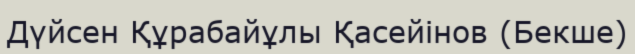
Дүйсен Құрабайұлы Қасейінов (Бекше)